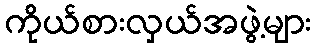
ကိုယ်စားလှယ်အဖွဲ့များ